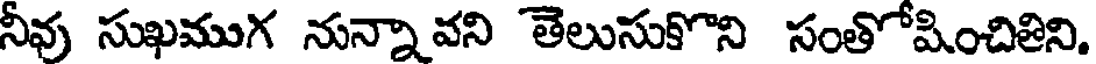
నీవు సుఖముగ నున్నా వని తెలుసుకొని సంతోషించితిని.